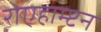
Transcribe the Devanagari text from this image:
रोएहाम्प्टन